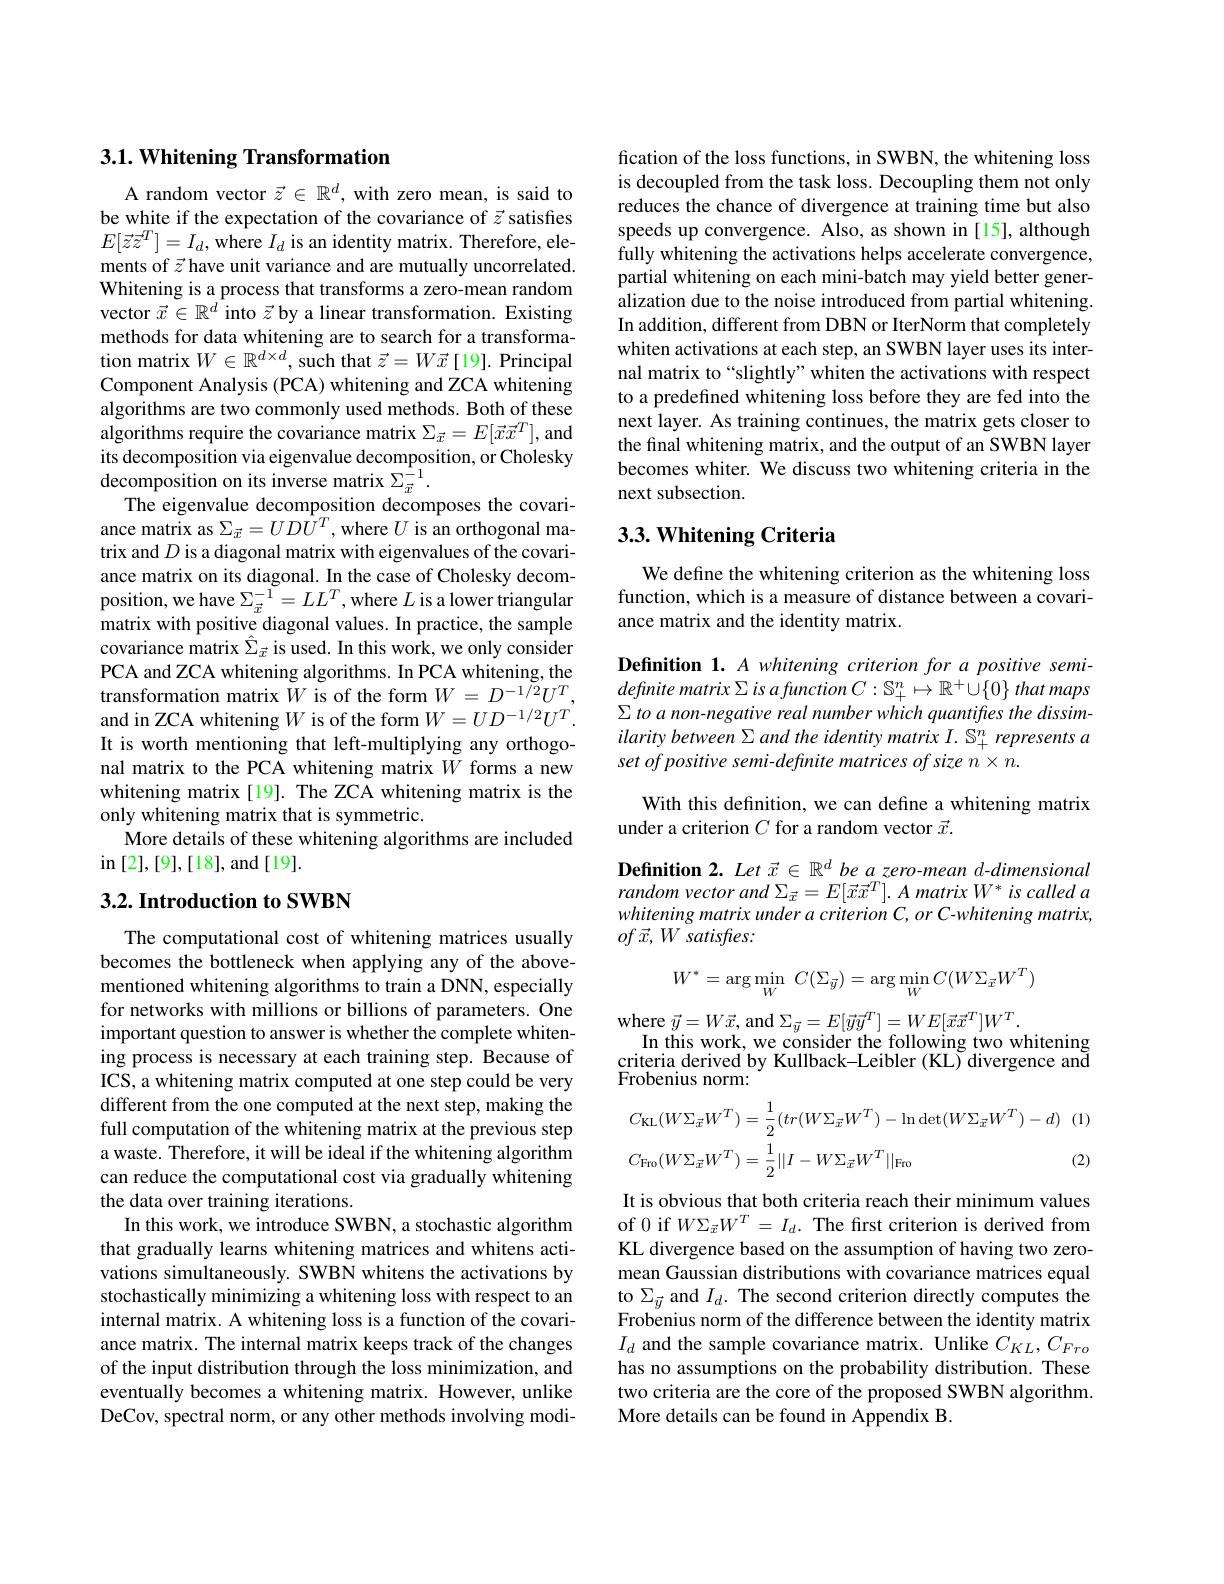
## 3.1. Whitening Transformation

A random vector $\vec{z}\in\mathbb{R}^d$, with zero mean, is said to be white if the expectation of the covariance of $\vec{z}$ satisfies $E[\vec{z}\vec{z}^T]=I_d,\vec{\text{where }I}_d$ is an identity matrix. Therefore, elements of $\vec{z}$ have unit variance and are mutually uncorrelated. Whitening is a process that transforms a zero-mean random vector $\vec{x}\in\mathbb{R}^d$ into $\vec{z}$ by a linear transformation. Existing methods for data whitening are to search for a transformation matrix $W\in\mathbb{R}^{d\times d}$, such that $\vec{z}=W\vec{x}\left[19\right].$ Principal Component Analysis (PCA) whitening and ZCA whitening algorithms are two commonly used methods. Both of these algorithms require the covariance matrix $\Sigma_{\vec{x}}=E[\vec{x}\vec{x}^T]$, and its decomposition via eigenvalue decomposition, or Cholesky $\hat{\text{decomposition on its inverse matrix }\Sigma_{\vec{x}}^{-1}}.$
The eigenvalue decomposition decomposes the covariance matrix as $\Sigma_{\vec{x}}=UD\bar{U}^{T}$, where $U$ is an orthogonal matrix and $D$ is a diagonal matrix with eigenvalues of the covariance matrix on its diagonal. In the case of Cholesky decomposition, we have $\Sigma_{\vec{x}}^{-1}=LL^T$,where $L$ is a lower triangular matrix with positive diagonal values. In practice, the sample covariance matrix $\hat{\Sigma}_{\vec{x}}$ is used. In this work, we only consider PCA and ZCA whitening algorithms. In PCA whitening, the transformation matrix $\tilde{W}$ is of the form $W=D^{-1/2}U^T$, and in ZCA whitening $W$ is of the form $W=UD^{-1/2}U^T.$ It is worth mentioning that left-multiplying any orthogonal matrix to the PCA whitening matrix $W$ forms a new whitening matrix[19]. The ZCA whitening matrix is the only whitening matrix that is symmetric.
More details of these whitening algorithms are included
$\operatorname{in}[2],[9],[18]$,and[19].

## 3.2. Introduction to SWBN

The computational cost of whitening matrices usually becomes the bottleneck when applying any of the abovementioned whitening algorithms to train a DNN, especially for networks with millions or billions of parameters. One important question to answer is whether the complete whitening process is necessary at each training step. Because of ICS, a whitening matrix computed at one step could be very different from the one computed at the next step, making the full computation of the whitening matrix at the previous step a waste. Therefore, it will be ideal if the whitening algorithm can reduce the computational cost via gradually whitening the data over training iterations.
In this work, we introduce SWBN, a stochastic algorithm that gradually learns whitening matrices and whitens activations simultaneously. SWBN whitens the activations by stochastically minimizing a whitening loss with respect to an internal matrix. A whitening loss is a function of the covariance matrix. The internal matrix keeps track of the changes of the input distribution through the loss minimization, and eventually becomes a whitening matrix. However, unlike DeCov, spectral norm, or any other methods involving modi-

fication of the loss functions, in SWBN, the whitening loss is decoupled from the task loss. Decoupling them not only reduces the chance of divergence at training time but also speeds up convergence. Also, as shown in [15], although fully whitening the activations helps accelerate convergence, partial whitening on each mini-batch may yield better generalization due to the noise introduced from partial whitening. In addition, different from DBN or IterNorm that completely whiten activations at each step, an SWBN layer uses its internal matrix to“slightly”whiten the activations with respect to a predefined whitening loss before they are fed into the next layer. As training continues, the matrix gets closer to the final whitening matrix, and the output of an SWBN layer becomes whiter. We discuss two whitening criteria in the next subsection.

## 3.3. Whitening Criteria

We define the whitening criterion as the whitening loss function, which is a measure of distance between a covariance matrix and the identity matrix.

Definition 1. A whitening criterion for a positive semidefinite matrix $\Sigma$ is afunction $C:\mathbb{S}_+^n\mapsto\mathbb{R}^+\cup\{0\}$ that maps $\Sigma$ to a non-negative real number which quantifies the dissimilaritybetween $\Sigma$ and the identity matrix $I.$ $\mathbb{S} _{+ }^{n}$ represents $a$ set of positive semi-definite matrices of size n .

With this definition, we can define a whitening matrix
under a criterion $C$ for a random vector $\vec{x}.$

Definition 2. Let $\vec{x}\in\mathbb{R}^d$ be a zero-mean d-dimensional random vector and $\Sigma _{\vec{x} }= E[ \vec{x} \vec{x} ^T] . \textit{ A matrix W* is called a}$ whitening matrix under a criterion C, or C-whitening matrix, $of\vec{x} , W\textit{ satisfies: }$
$$W^*=\arg\min_W\:C(\Sigma_{\vec{y}})=\arg\min_WC(W\Sigma_{\vec{x}}W^T)$$
where $\vec{y} = W\vec{x} $,and$\Sigma_{\vec{y}}=E[\vec{y}\vec{y}^{T}]=WE[\vec{x}\vec{x}^{T}]W^{T}.$
In this work, we consider the following two whitening criteria derived by Kullback-Leibler (KL) ॅ divergence ană Frobenius norm:
$$C_{\mathrm{KL}}(W\Sigma_{\vec{x}}W^{T})=\frac{1}{2}(tr(W\Sigma_{\vec{x}}W^{T})-\ln\det(W\Sigma_{\vec{x}}W^{T})-d)\:(1)\\C_{\mathrm{Fro}}(W\Sigma_{\vec{x}}W^{T})=\frac{1}{2}||I-W\Sigma_{\vec{x}}W^{T}||_{\mathrm{Fro}}\text{(2)}$$
It is obvious that both criteria reach their minimum values of 0 if $W\Sigma_{\vec{x}}W^T=I_d.$ The first criterion is derived from KL divergence based on the assumption of having two zeromean Gaussian distributions with covariance matrices equal to $\Sigma_{\vec{y}}$ and $I_d.$ The second criterion directly computes the Frobenius norm of the difference between the identity matrix $I_d$ and the sample covariance matrix. Unlike $C_KL,C_{Fro}$ has no assumptions on the probability distribution. These two criteria are the core of the proposed SWBN algorithm. More details can be found in Appendix B.